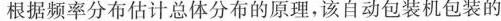
根据频率分布估计总体分布的原理，该自动包装机包装的